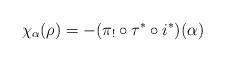
LaTeX: \begin{align*}\chi_\alpha(\rho) = -(\pi_!\circ\tau^\ast\circ i^*)(\alpha)\end{align*}